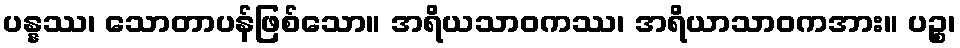
ပန္နဿ၊ သောတာပန်ဖြစ်သော။ အရိယသာဝကဿ၊ အရိယာသာဝကအား။ ပဉ္စ၊